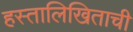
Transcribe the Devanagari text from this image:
हस्तालिखिताची